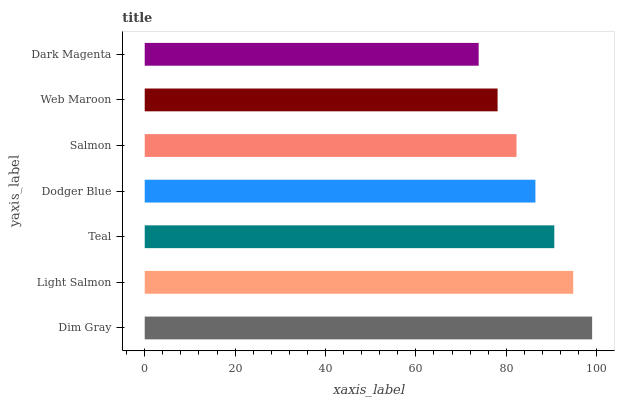
| yaxis_label | bars |
 | --- | --- |
 | Dim Gray | 99 |
 | Light Salmon | 94.8 |
 | Teal | 90.6 |
 | Dodger Blue | 86.4 |
 | Salmon | 82.3 |
 | Web Maroon | 78.1 |
 | Dark Magenta | 73.9 |